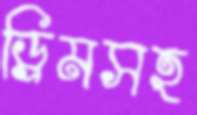
ড্রিমসহ